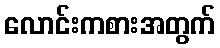
လောင်းကစားအတွက်